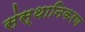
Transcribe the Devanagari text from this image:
संस्थानिकरण